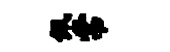
佩常